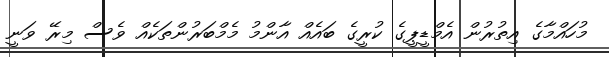
މުހައްމާގެ އިތުރުން އެމްޑީޕީގެ ކުރީގެ ބައެއް އާންމު މެމްބަރުންތަކެއް ވެސް މިރޭ ވަނީ